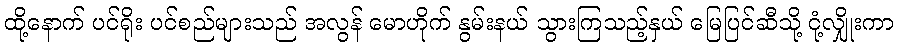
ထို့နောက် ပင်ရိုး ပင်စည်များသည် အလွန် မောဟိုက် နွမ်းနယ် သွားကြသည့်နှယ် မြေပြင်ဆီသို့ ငုံ့လျှိုးကာ